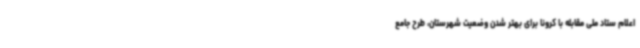
اعلام ستاد ملی مقابله با کرونا برای بهتر شدن وضعیت شهرستان، طرح جامع